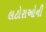
લટોરાઓની